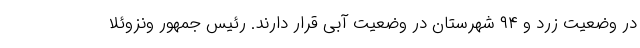
در وضعیت زرد و ۹۴ شهرستان در وضعیت آبی قرار دارند. رئیس جمهور ونزوئلا